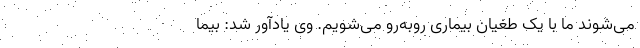
می‌شوند ما با یک طغیان بیماری روبه‌رو می‌شویم. وی یادآور شد: بیما